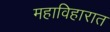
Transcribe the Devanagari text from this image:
महाविहारात